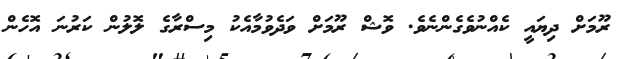
ރޫމަށް ދިޔައީ ކެއްނުވެގެންނެވެ. ވޮޝް ރޫމަށް ވަދެވުމާއެކު މިސްރާގެ ލޮލުން ކަރުނަ އޮހެން